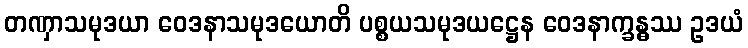
တဏှာသမုဒယာ ဝေဒနာသမုဒယောတိ ပစ္စယသမုဒယဋ္ဌေန ဝေဒနာက္ခန္ဓဿ ဥဒယံ